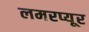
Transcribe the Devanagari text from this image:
लमरप्यूर